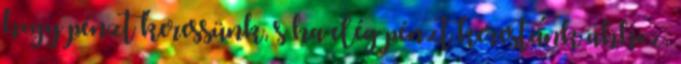
hogy pénzt keressünk, s ha elég pénzt kerestünk ahhoz,